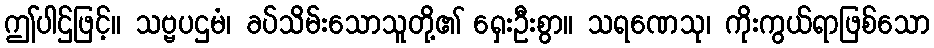
ဤပါဌ်ဖြင့်။ သဗ္ဗပဌမံ၊ ခပ်သိမ်းသောသူတို့၏ ရှေးဦးစွာ။ သရဏေသု၊ ကိုးကွယ်ရာဖြစ်သော